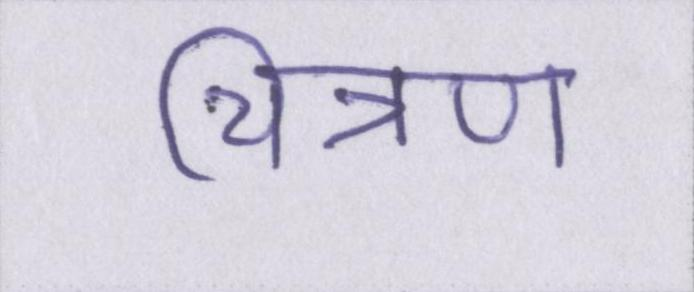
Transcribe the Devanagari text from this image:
चित्रण